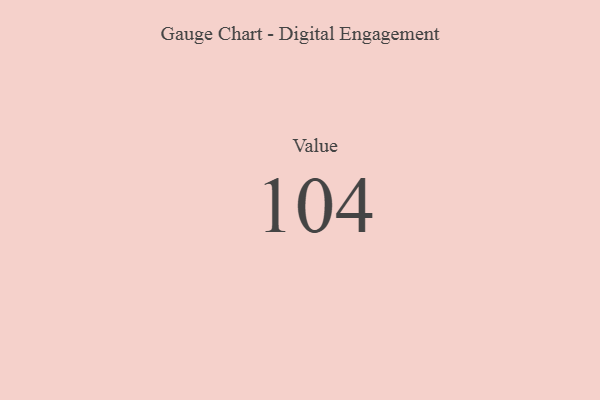
{"axis": {"x": "Metric", "y": "Value"}, "legend": [""], "data": [{"x": "Value", "y": 104, "type": ""}]}